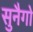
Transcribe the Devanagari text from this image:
सुनैगो